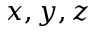
x , y , z